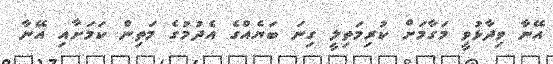
އޭނާ ވިދާޅުވީ މަގާމަށް ކުރިމަތިލީ ގިނަ ބަޔެއްގެ އެދުމުގެ މަތިން ކަމަށާއި އޭނާ